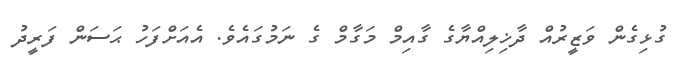
ގުޅިގެން ވަޒީރުއް ދާޚިލިއްޔާގެ ގާއިމް މަގާމް ގެ ނަމުގައެވެ. އެއަށްފަހު ޙަސަން ފަރީދު